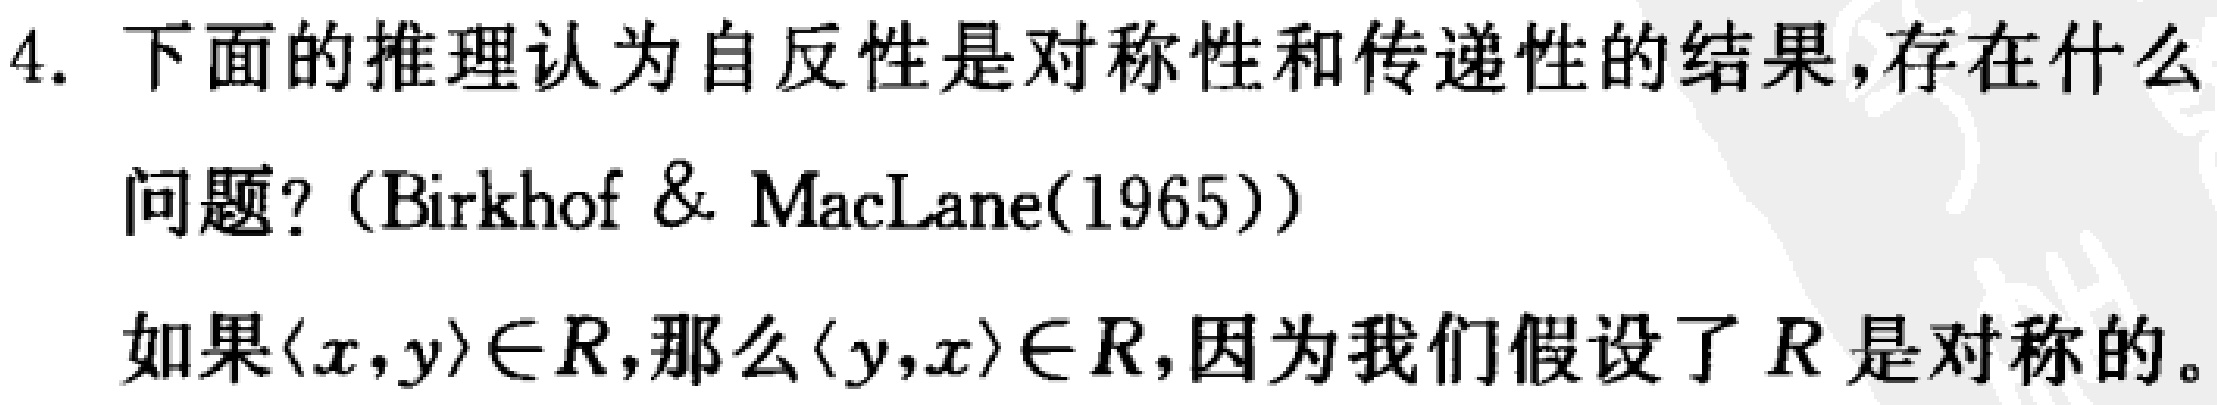
4. 下面的推理认为自反性是对称性和传递性的结果,存在什么
问题?（Birkhof & MacLane(1965)）
如果$\langle x,y\rangle\in R$,那么$\langle y,x\rangle\in R$,因为我们假设了$R$是对称的。